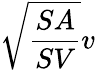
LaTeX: {\sqrt{\frac{SA}{SV}}}v